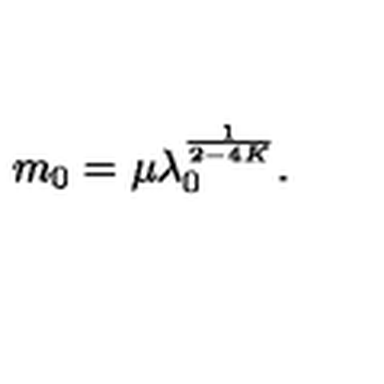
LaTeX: m _ { 0 } = \mu \lambda _ { 0 } ^ { \frac { 1 } { 2 - 4 K } } .